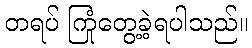
တရပ် ကြုံတွေ့ခဲ့ရပါသည်။